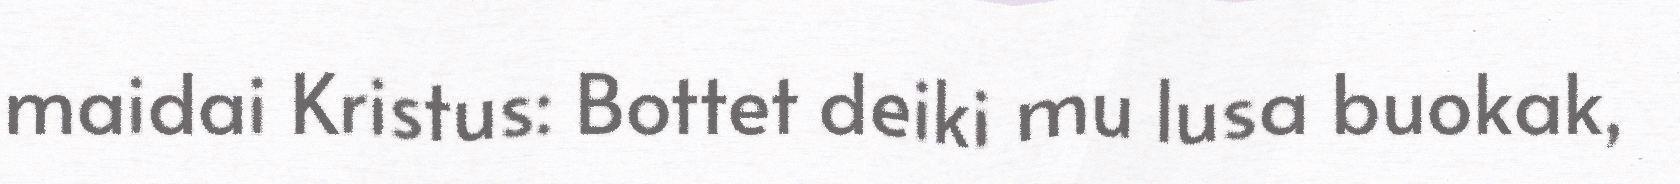
maidai Kristus: Bottet deiki mu lusa buokak,